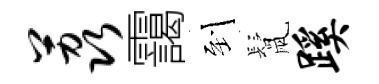
荔靄到鬛蹊